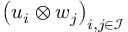
\left( \boldsymbol { u } _ { i } \otimes \boldsymbol { w } _ { j } \right) _ { i , j \in \mathcal { I } }